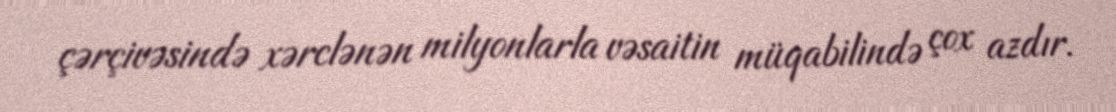
çərçivəsində xərclənən milyonlarla vəsaitin müqabilində çox azdır.